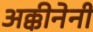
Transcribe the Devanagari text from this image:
अक्कीनेनी